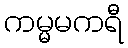
ကမ္မမကရီ